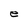
Character: e